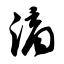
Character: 滴